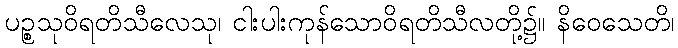
ပဉ္စသုဝိရတိသီလေသု၊ ငါးပါးကုန်သောဝိရတိသီလတို့၌။ နိဝေသေတိ၊